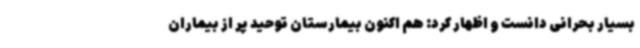
بسیار بحرانی دانست و اظهار کرد: هم اکنون بیمارستان توحید پر از بیماران